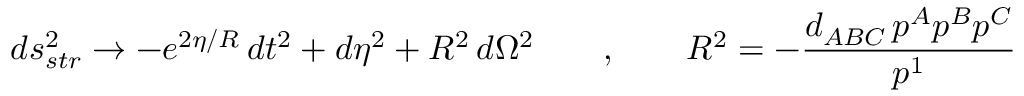
d s _ { s t r } ^ { 2 } \rightarrow - e ^ { 2 \eta / R } \, d t ^ { 2 } + d \eta ^ { 2 } + R ^ { 2 } \, d \Omega ^ { 2 } \qquad , \qquad R ^ { 2 } = - { \frac { d _ { A B C } \, p ^ { A } p ^ { B } p ^ { C } } { p ^ { 1 } } }